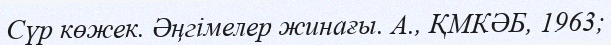
Сүр көжек. Әңгімелер жинағы. А., ҚМКӘБ, 1963;